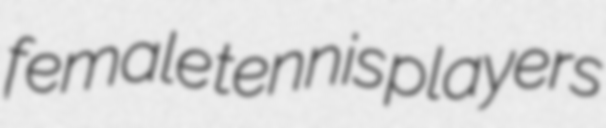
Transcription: female tennis players